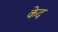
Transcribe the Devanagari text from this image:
केद